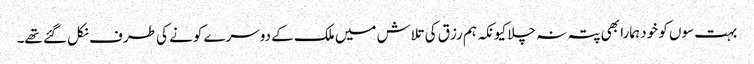
بہت سوں کو خود ہمارا بھی پتہ نہ چلا کیونکہ ہم رزق کی تلاش میں ملک کے دوسرے کونے کی طرف نکل گئے تھے۔